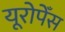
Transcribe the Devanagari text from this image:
यूरोपेँस